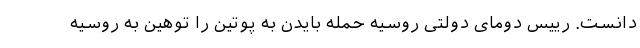
دانست. رییس دومای دولتی روسیه حمله بایدن به پوتین را توهین به روسیه